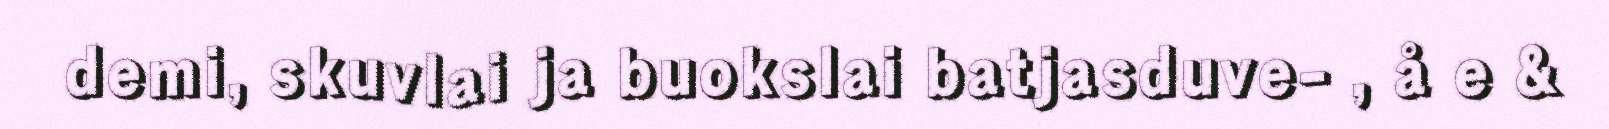
demi, skuvlai ja buokslai batjasduve- , å e &